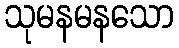
သုမနမနသော